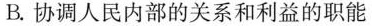
B.协调人民内部的关系和利益的职能